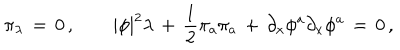
\pi _ { \lambda } \, = \, 0 \, , \qquad | \phi | ^ { 2 } \lambda \, + \, { \frac { 1 } { 2 } } \pi _ { a } \pi _ { a } \, + \, \partial _ { x } \phi ^ { a } \partial _ { x } \phi ^ { a } \, = \, 0 \, ,